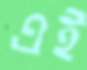
এই